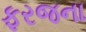
ફરજના